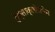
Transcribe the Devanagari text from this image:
हैक्साक्लोरोफेन